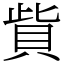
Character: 貲